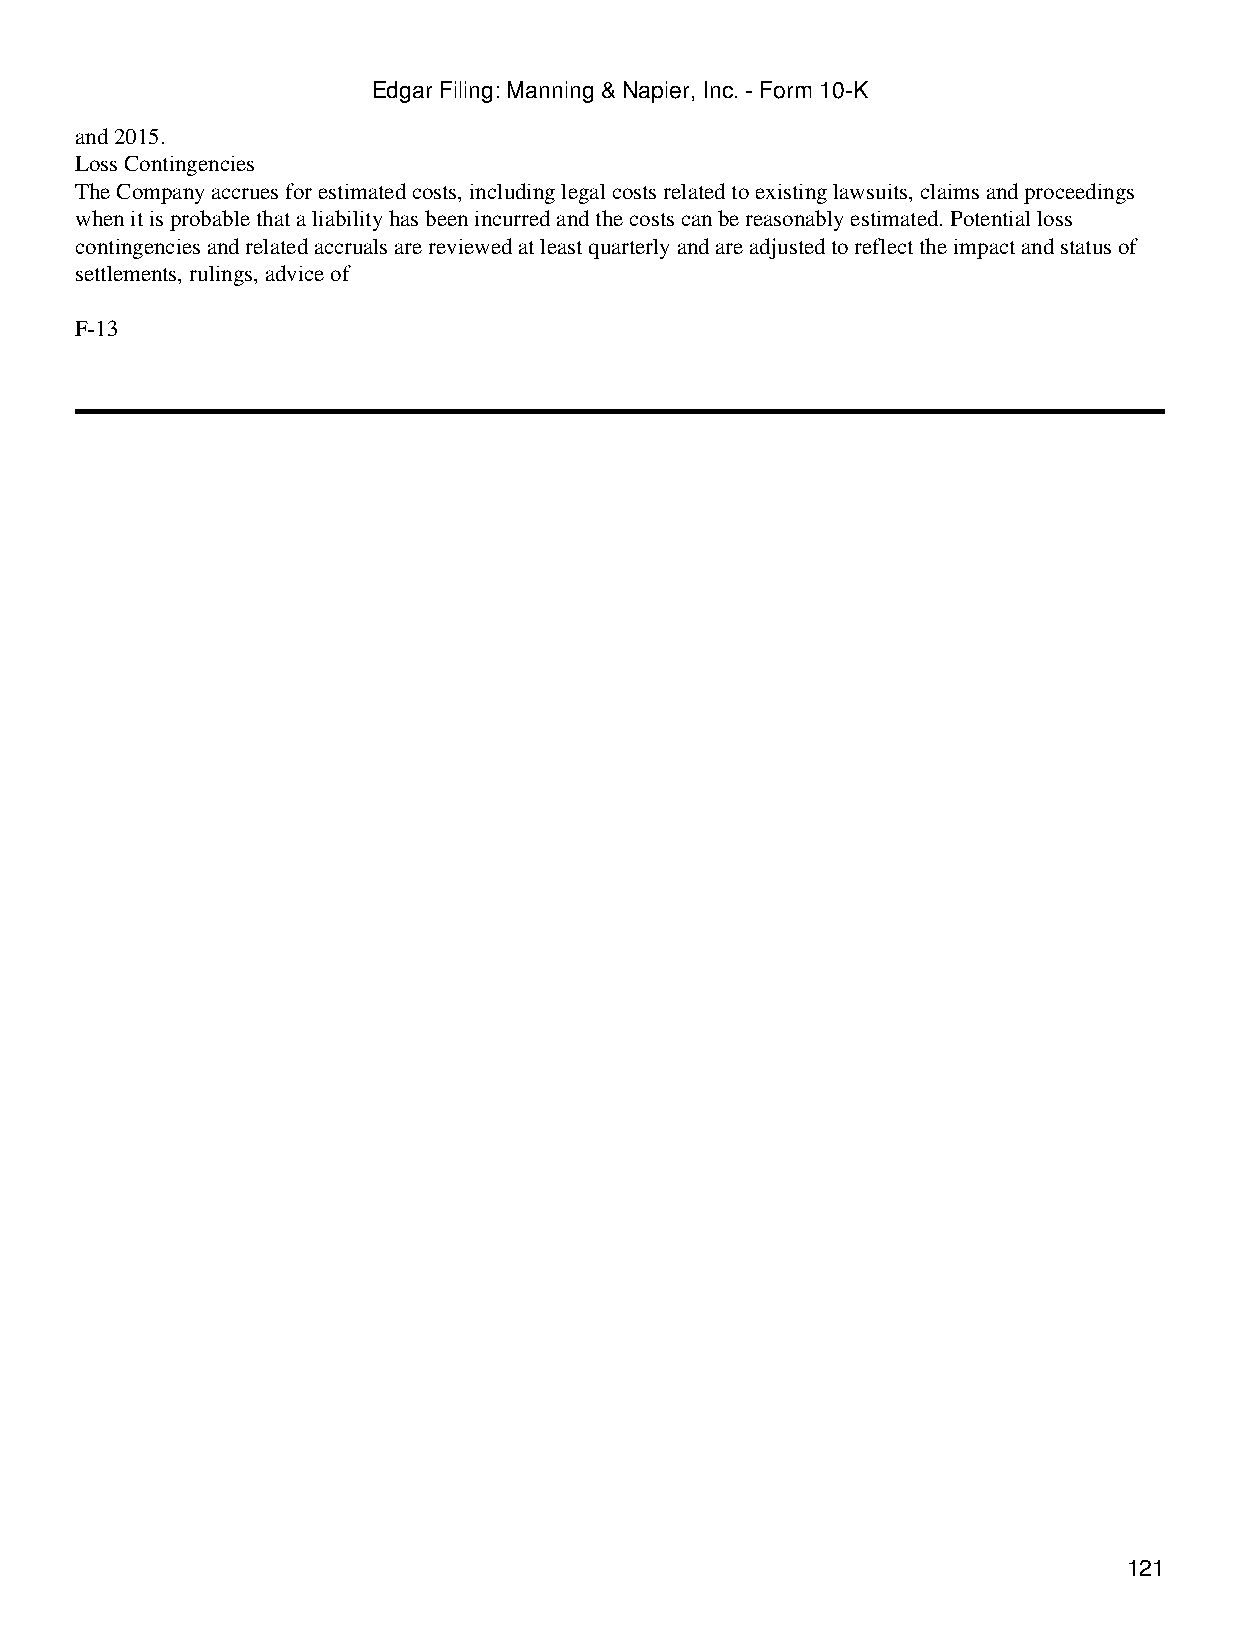
Edgar Filing: Manning & Napier, Inc. - Form 10-K
 and 2015.
 Loss Contingencies
 The Company accrues for estimated costs, including legal costs related to existing lawsuits, claims and proceedings
 when it is probable that a liability has been incurred and the costs can be reasonably estimated. Potential loss
 contingencies and related accruals are reviewed at least quarterly and are adjusted to reflect the impact and status of
 settlements, rulings, advice of
 F-13
 121